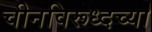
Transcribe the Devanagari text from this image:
चीनविरूध्दच्या